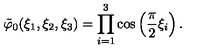
\tilde { \varphi } _ { 0 } ( \xi _ { 1 } , \xi _ { 2 } , \xi _ { 3 } ) = \prod _ { i = 1 } ^ { 3 } \cos \left( \frac { \pi } { 2 } \xi _ { i } \right) .